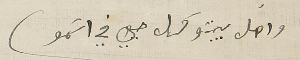
واهل بيتو كل حيي في اسَمو)